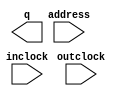
// megafunction wizard: %ROM: 1-PORT%VBB%
// GENERATION: STANDARD
// VERSION: WM1.0
// MODULE: altsyncram 

// ============================================================
// Megafunction Name(s):
// 			altsyncram
//
// Simulation Library Files(s):
// 			altera_mf
// ============================================================
// ************************************************************
// THIS IS A WIZARD-GENERATED FILE. DO NOT EDIT THIS FILE!
//
// 17.1.0 Build 590 10/25/2017 SJ Lite Edition
// ************************************************************

//Copyright (C) 2017  Intel Corporation. All rights reserved.
//Your use of Intel Corporation's design tools, logic functions 
//and other software and tools, and its AMPP partner logic 
//functions, and any output files from any of the foregoing 
//(including device programming or simulation files), and any 
//associated documentation or information are expressly subject 
//to the terms and conditions of the Intel Program License 
//Subscription Agreement, the Intel Quartus Prime License Agreement,
//the Intel FPGA IP License Agreement, or other applicable license
//agreement, including, without limitation, that your use is for
//the sole purpose of programming logic devices manufactured by
//Intel and sold by Intel or its authorized distributors.  Please
//refer to the applicable agreement for further details.

module vga_font (
	address,
	inclock,
	outclock,
	q);

	input	[11:0]  address;
	input	  inclock;
	input	  outclock;
	output	[11:0]  q;
`ifndef ALTERA_RESERVED_QIS
// synopsys translate_off
`endif
	tri1	  inclock;
`ifndef ALTERA_RESERVED_QIS
// synopsys translate_on
`endif

endmodule

// ============================================================
// CNX file retrieval info
// ============================================================
// Retrieval info: PRIVATE: ADDRESSSTALL_A NUMERIC "0"
// Retrieval info: PRIVATE: AclrAddr NUMERIC "0"
// Retrieval info: PRIVATE: AclrByte NUMERIC "0"
// Retrieval info: PRIVATE: AclrOutput NUMERIC "0"
// Retrieval info: PRIVATE: BYTE_ENABLE NUMERIC "0"
// Retrieval info: PRIVATE: BYTE_SIZE NUMERIC "8"
// Retrieval info: PRIVATE: BlankMemory NUMERIC "0"
// Retrieval info: PRIVATE: CLOCK_ENABLE_INPUT_A NUMERIC "0"
// Retrieval info: PRIVATE: CLOCK_ENABLE_OUTPUT_A NUMERIC "0"
// Retrieval info: PRIVATE: Clken NUMERIC "0"
// Retrieval info: PRIVATE: IMPLEMENT_IN_LES NUMERIC "0"
// Retrieval info: PRIVATE: INIT_FILE_LAYOUT STRING "PORT_A"
// Retrieval info: PRIVATE: INIT_TO_SIM_X NUMERIC "0"
// Retrieval info: PRIVATE: INTENDED_DEVICE_FAMILY STRING "Cyclone V"
// Retrieval info: PRIVATE: JTAG_ENABLED NUMERIC "0"
// Retrieval info: PRIVATE: JTAG_ID STRING "NONE"
// Retrieval info: PRIVATE: MAXIMUM_DEPTH NUMERIC "0"
// Retrieval info: PRIVATE: MIFfilename STRING "./vga/vga_font.mif"
// Retrieval info: PRIVATE: NUMWORDS_A NUMERIC "4096"
// Retrieval info: PRIVATE: RAM_BLOCK_TYPE NUMERIC "0"
// Retrieval info: PRIVATE: RegAddr NUMERIC "1"
// Retrieval info: PRIVATE: RegOutput NUMERIC "1"
// Retrieval info: PRIVATE: SYNTH_WRAPPER_GEN_POSTFIX STRING "0"
// Retrieval info: PRIVATE: SingleClock NUMERIC "0"
// Retrieval info: PRIVATE: UseDQRAM NUMERIC "0"
// Retrieval info: PRIVATE: WidthAddr NUMERIC "12"
// Retrieval info: PRIVATE: WidthData NUMERIC "12"
// Retrieval info: PRIVATE: rden NUMERIC "0"
// Retrieval info: LIBRARY: altera_mf altera_mf.altera_mf_components.all
// Retrieval info: CONSTANT: ADDRESS_ACLR_A STRING "NONE"
// Retrieval info: CONSTANT: CLOCK_ENABLE_INPUT_A STRING "BYPASS"
// Retrieval info: CONSTANT: CLOCK_ENABLE_OUTPUT_A STRING "BYPASS"
// Retrieval info: CONSTANT: INIT_FILE STRING "./vga/vga_font.mif"
// Retrieval info: CONSTANT: INTENDED_DEVICE_FAMILY STRING "Cyclone V"
// Retrieval info: CONSTANT: LPM_TYPE STRING "altsyncram"
// Retrieval info: CONSTANT: NUMWORDS_A NUMERIC "4096"
// Retrieval info: CONSTANT: OPERATION_MODE STRING "ROM"
// Retrieval info: CONSTANT: OUTDATA_ACLR_A STRING "NONE"
// Retrieval info: CONSTANT: OUTDATA_REG_A STRING "CLOCK1"
// Retrieval info: CONSTANT: WIDTHAD_A NUMERIC "12"
// Retrieval info: CONSTANT: WIDTH_A NUMERIC "12"
// Retrieval info: CONSTANT: WIDTH_BYTEENA_A NUMERIC "1"
// Retrieval info: USED_PORT: address 0 0 12 0 INPUT NODEFVAL "address[11..0]"
// Retrieval info: USED_PORT: inclock 0 0 0 0 INPUT VCC "inclock"
// Retrieval info: USED_PORT: outclock 0 0 0 0 INPUT NODEFVAL "outclock"
// Retrieval info: USED_PORT: q 0 0 12 0 OUTPUT NODEFVAL "q[11..0]"
// Retrieval info: CONNECT: @address_a 0 0 12 0 address 0 0 12 0
// Retrieval info: CONNECT: @clock0 0 0 0 0 inclock 0 0 0 0
// Retrieval info: CONNECT: @clock1 0 0 0 0 outclock 0 0 0 0
// Retrieval info: CONNECT: q 0 0 12 0 @q_a 0 0 12 0
// Retrieval info: GEN_FILE: TYPE_NORMAL vga_font.v TRUE
// Retrieval info: GEN_FILE: TYPE_NORMAL vga_font.inc FALSE
// Retrieval info: GEN_FILE: TYPE_NORMAL vga_font.cmp FALSE
// Retrieval info: GEN_FILE: TYPE_NORMAL vga_font.bsf FALSE
// Retrieval info: GEN_FILE: TYPE_NORMAL vga_font_inst.v FALSE
// Retrieval info: GEN_FILE: TYPE_NORMAL vga_font_bb.v TRUE
// Retrieval info: LIB_FILE: altera_mf